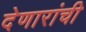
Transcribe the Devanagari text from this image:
देणारांची